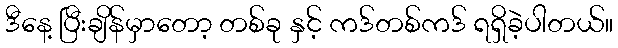
ဒီနေ့ ပြီးချိန်မှာတော့ တစ်ခု နှင့် ကဒ်တစ်ကဒ် ရရှိခဲ့ပါတယ်။